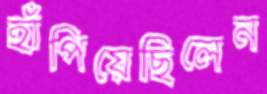
হাঁপিয়েছিলেন